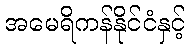
အမေရိကန်နိုင်ငံနှင့်